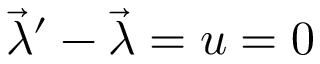
{ \vec { \lambda } } ^ { \prime } - { \vec { \lambda } } = u = 0